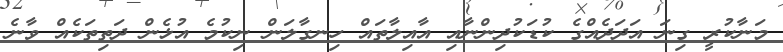
މަނާކުރީ ގިނަ އަދަދެއްގެ ކުޑަކުދިންނާއި އާއިލާތައް ހިނގާލަން ނިކުމެ އުޅެން ދަތިތަކެއް ވާނެ